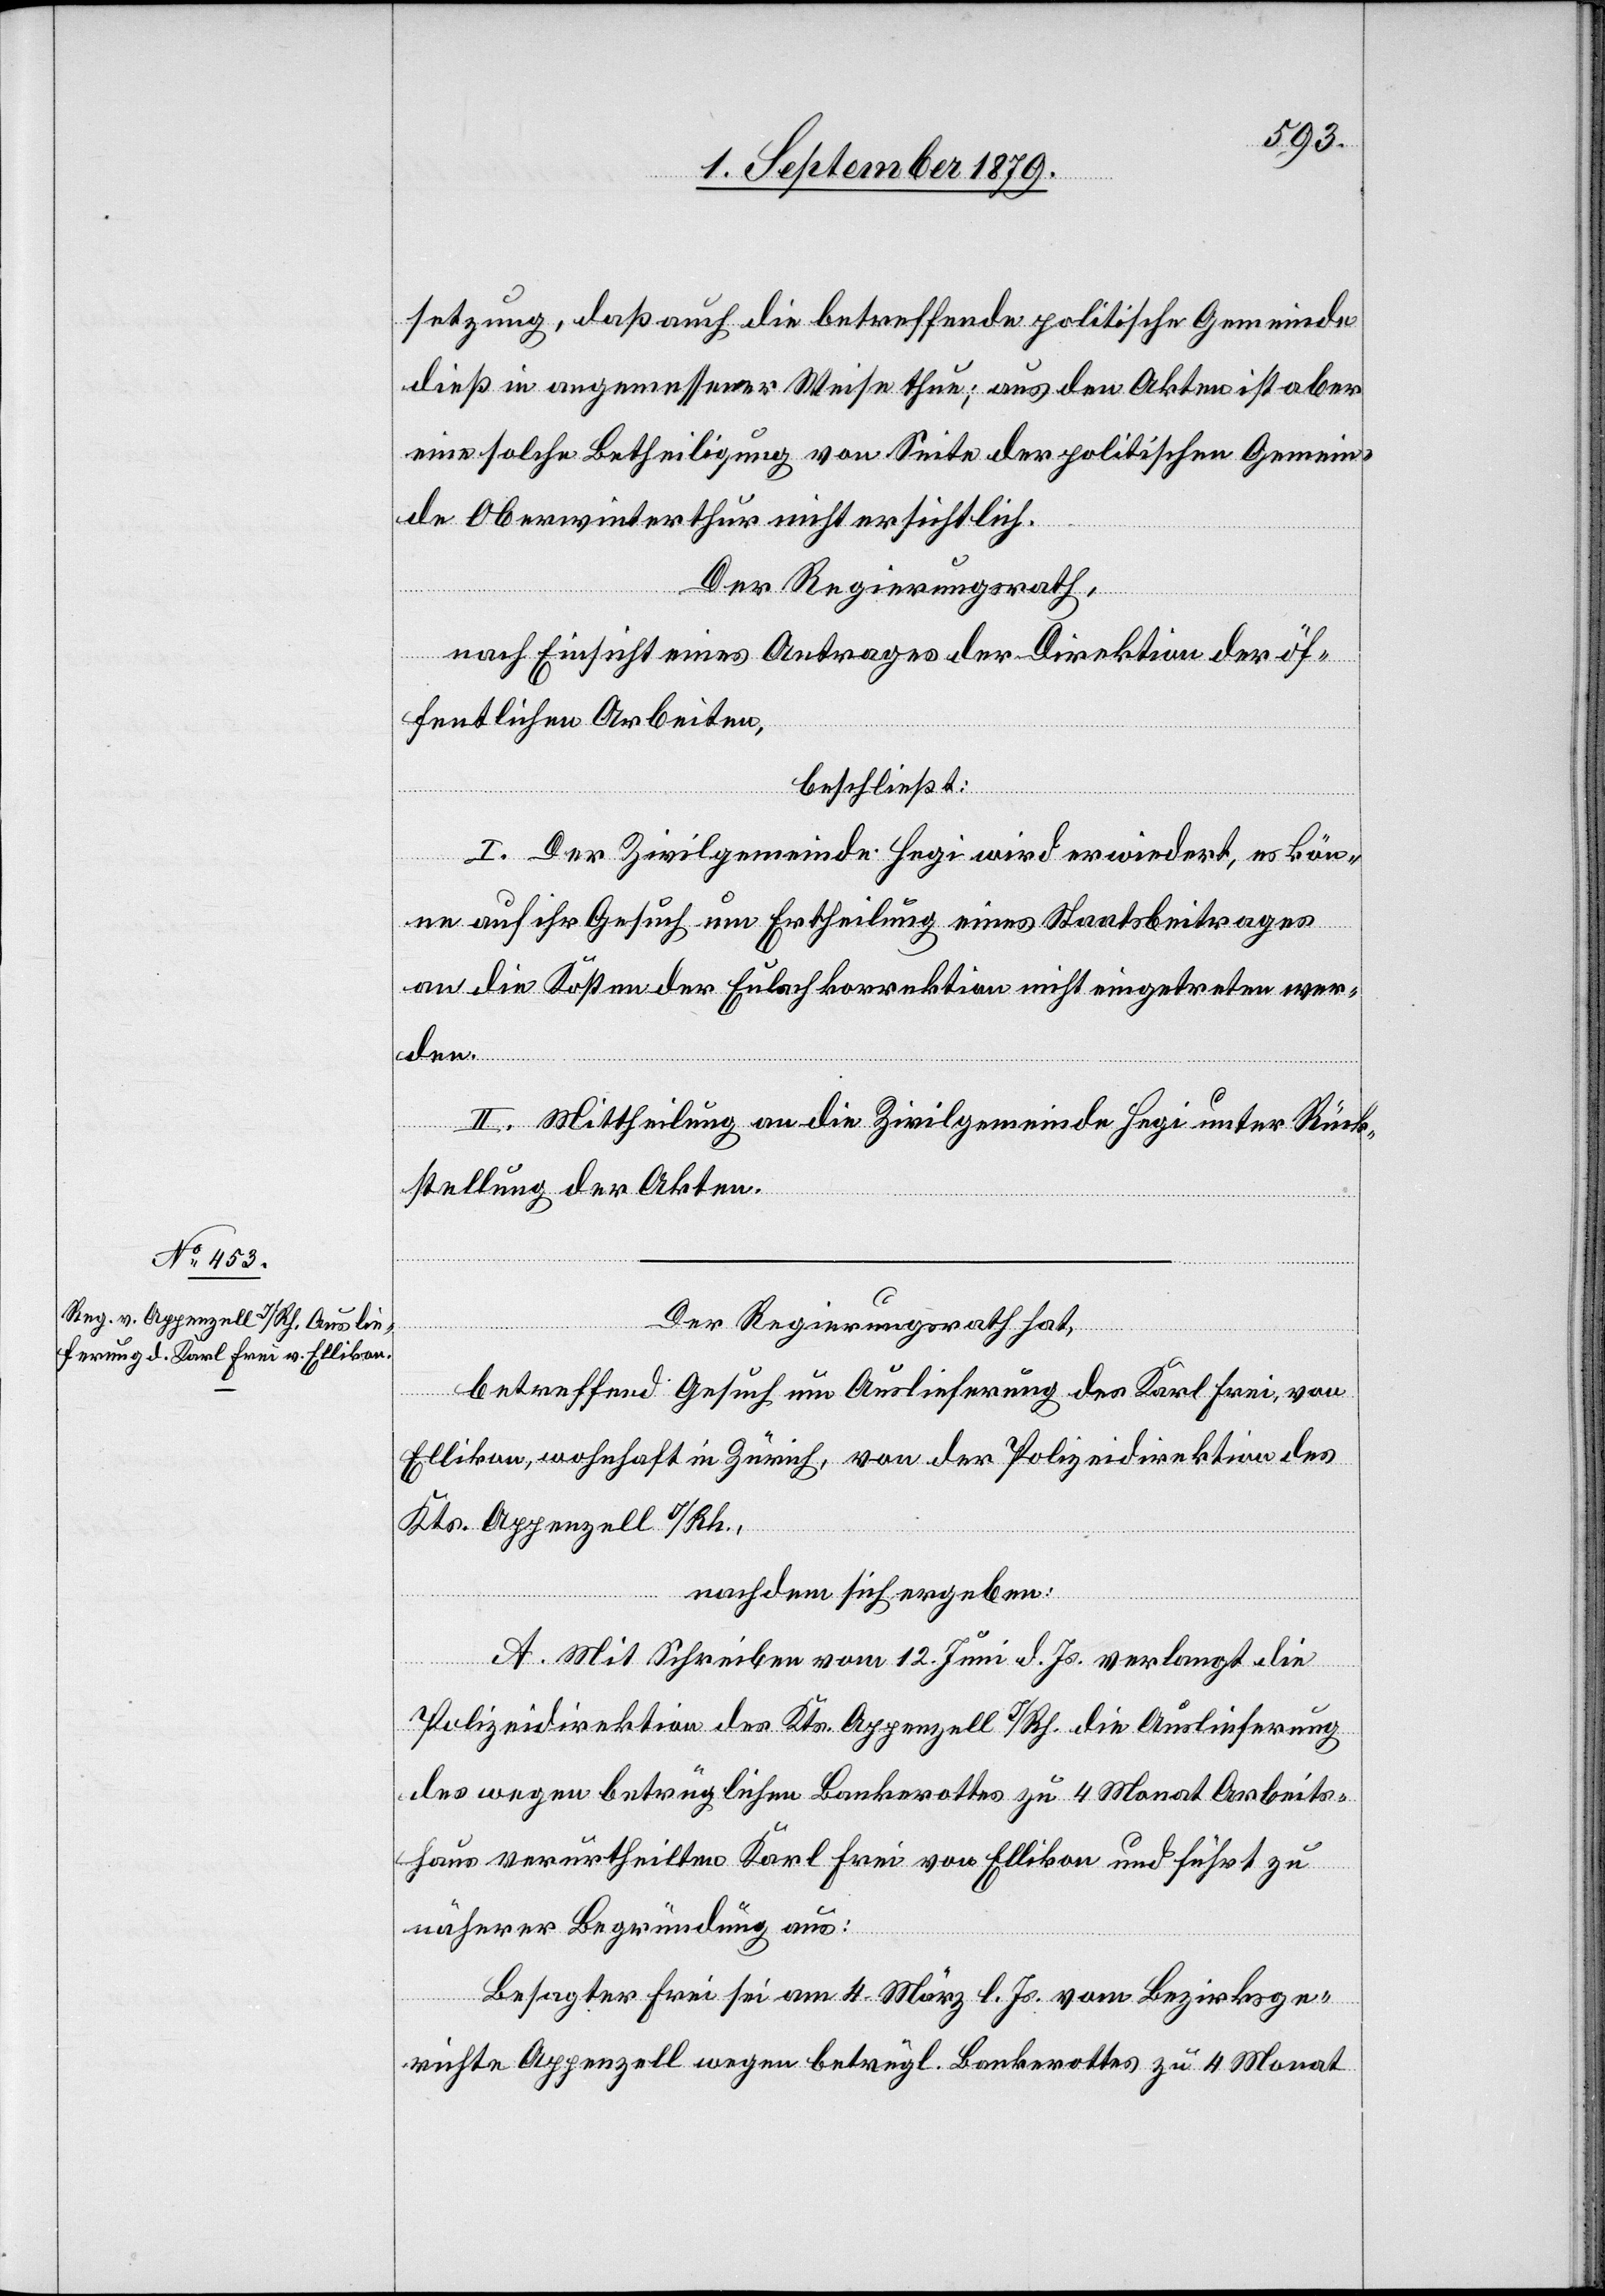
setzung, daß auch die betreffende politische Gemeinde
dieß in angemessener Weise thue; aus den Akten ist aber
eine solche Betheiligung von Seite der politischen Gemein¬
de Oberwinterthur nicht ersichtlich.
Der Regierungsrath,
nach Einsicht eines Antrages der Direktion der öf¬
fentlichen Arbeiten,
beschließt:
I. Der Zivilgemeinde Hegi wird erwiedert, es kön¬
ne auf ihr Gesuch um Ertheilung eines Staatsbeitrages
an die Kosten der Eulachkorrektion nicht eingetreten wer¬
den.
II. Mittheilung an die Zivilgemeinde Hegi unter Rück¬
stellung der Akten.
Der Regierungsrath hat,
betreffend Gesuch um Auslieferung des Karl Frei, von
Ellikon, wohnhaft in Zürich, von der Polizeidirektion des
Kts. Appenzell I/Rh.,
nachdem sich ergeben:
A. Mit Schreiben vom 12. Juni d. Js. verlangt die
Polizeidirektion des Kts. Appenzell I/Rh. die Auslieferung
des wegen betrüglichen Bankerottes zu 4 Monat Arbeits¬
haus verurtheilten Karl Frei von Ellikon und führt zu
näherer Begründung aus:
Besagter Frei sei am 4. März l. Js. vom Bezirksge¬
richte Appenzell wegen betrügl. Bankerottes zu 4 Monat